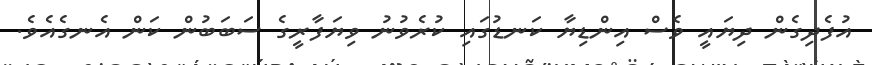
އުފެދިގެން ދިޔައީ ވެސް އިންޑިޔާ ކަނޑުގައި ކުރެވުނު ވިޔަފާރީގެ ސަބަބުން ކަން އެނގެއެވެ.